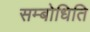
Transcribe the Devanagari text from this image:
सम्बोधिति